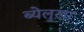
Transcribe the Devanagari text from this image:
ब्येलुख़ा